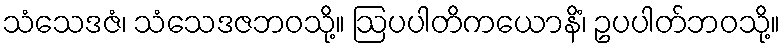
သံသေဒဇံ၊ သံသေဒဇဘဝသို့။ ဩပပါတိကယောနိံ၊ ဥပပါတ်ဘဝသို့။